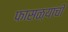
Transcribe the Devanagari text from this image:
फासळ्यांची